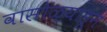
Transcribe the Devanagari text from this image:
वासोळ्याहून